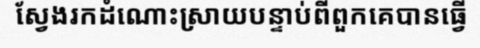
ស្វែងរកដំណោះស្រាយបន្ទាប់ពីពួកគេបានធ្វើ